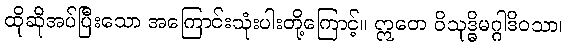
ထိုဆိုအပ်ပြီးသော အကြောင်းသုံးပါးတို့ကြောင့်။ ဣတေ ဝိသုဒ္ဓိမဂ္ဂါဒိဝသာ၊